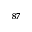
^ { 8 7 }